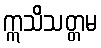
ဣသိသတ္တမ